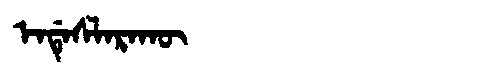
Manchu: ᡝᠨᡩᡝᠰᠯᠠᡵᠠᡴᡡ
Romanization: ENDESLARAKŪ